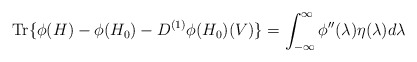
\begin{align*} \textup{Tr}\{\phi(H) - \phi(H_0) - D^{(1)}\phi(H_0)(V)\} = \int_{-\infty}^{\infty} \phi''(\lambda) \eta(\lambda)d\lambda\end{align*}